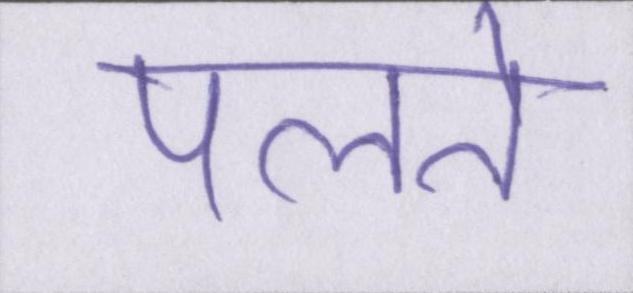
पलते